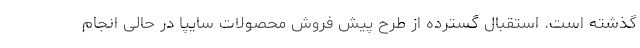
گذشته است. استقبال گسترده از طرح پیش فروش محصولات سایپا در حالی انجام